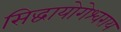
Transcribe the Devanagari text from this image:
सिद्धायोगेश्वराय